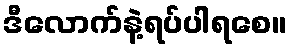
ဒီလောက်နဲ့ရပ်ပါရစေ။